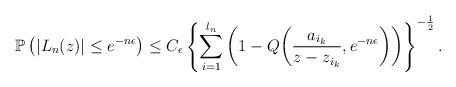
LaTeX: \begin{align*}\mathbb{P}\left(|L_n(z)|\leq e^{-n\epsilon}\right) & \leq C_\epsilon\left\{\sum_{i=1}^{l_n}\left(1-Q\bigg(\frac{a_{i_k}}{z-z_{i_k}},e^{-n\epsilon}\bigg)\right)\right\}^{-\frac{1}{2}}.\end{align*}